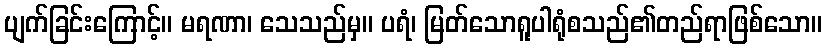
ပျက်ခြင်းကြောင့်။ မရဏာ၊ သေသည်မှ။ ပရံ၊ မြတ်သောရူပါရုံစသည်၏တည်ရာဖြစ်သော။